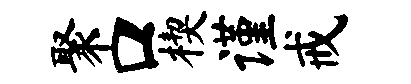
聚口楔谨戒